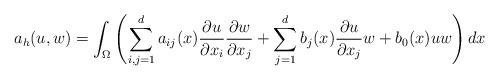
LaTeX: \begin{align*}a_h(u,w) = \int_{\Omega} \left(\sum_{i,j=1}^d a_{ij}(x) \frac{\partial u}{\partial x_i} \frac{\partial w}{\partial x_j} + \sum_{j=1}^d b_j(x) \frac{\partial u}{\partial x_j} w + b_0(x) u w\right) dx\end{align*}